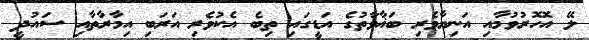
ލޭ އޮހޮރުވުމާއި އަނިޔާވެރި ބަޣާވާތުގެ އަޑީގައި ތިބެ އެކުވެރި އަރަބި އިމާރާތާއި ސައުދީ